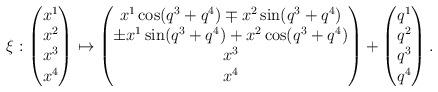
LaTeX: \begin{align*}\xi:\begin{pmatrix}x^1\\x^2\\x^3\\x^4\\\end{pmatrix}\mapsto\begin{pmatrix}x^1\cos(q^3+q^4)\mp x^2\sin(q^3+q^4)\\\pm x^1\sin(q^3+q^4)+x^2\cos(q^3+q^4)\\x^3\\x^4\end{pmatrix}+\begin{pmatrix}q^1\\q^2\\q^3\\q^4\\\end{pmatrix}.\end{align*}